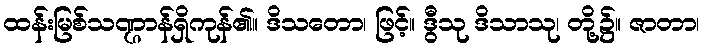
ထန်းမြစ်သဏ္ဌာန်ရှိကုန်၏။ ဒိသတော၊ ဖြင့်။ ဒွီသု ဒိသာသု၊ တို့၌။ ဇာတာ၊